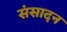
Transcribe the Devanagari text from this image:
संसादन